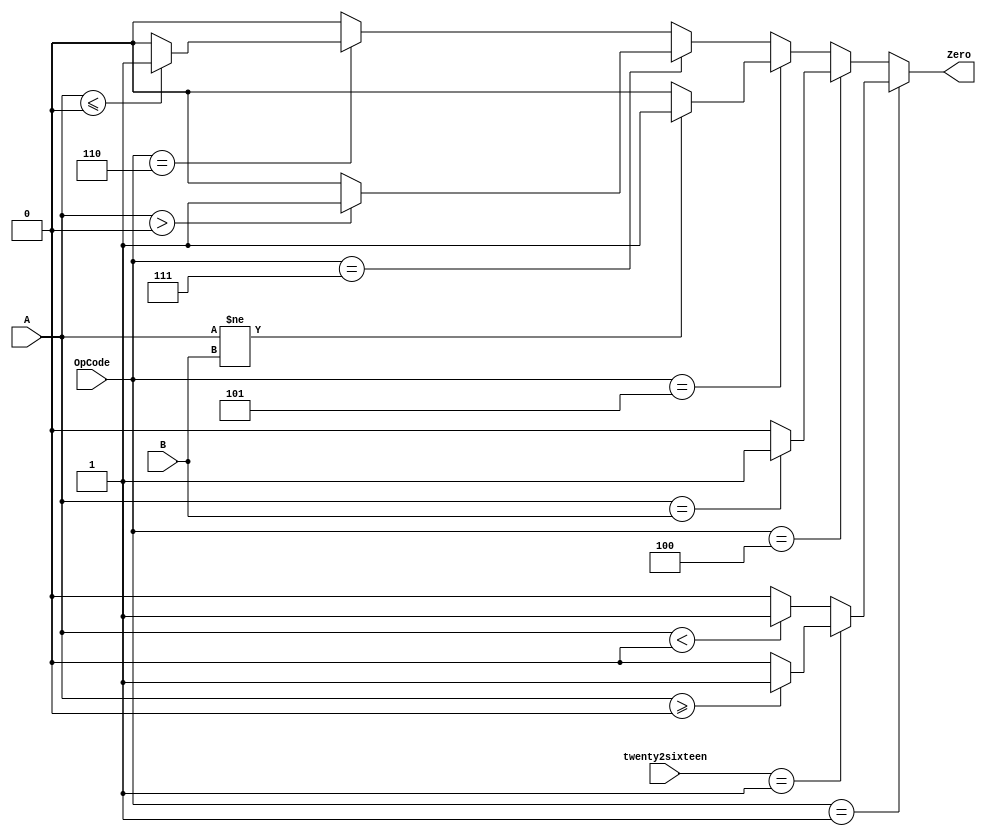
`timescale 1ns / 1ps

module BranchALU(A, B, Zero, OpCode, twenty2sixteen);
    input [5:0] OpCode;
    input [4:0] twenty2sixteen;
    input [31:0] A, B; 
    output reg Zero;
    
    initial
    begin
        Zero <= 0;
    end
    
    always @(*)
    begin
        // bgez (000001) if A >= 0 then branch // bltz (000001) if A < 0 then branch
        if (OpCode == 6'b000001)
        begin
            if (twenty2sixteen == 00001)
            begin 
                if ($signed(A) >= 0)
                begin
                    Zero <= 1;
                end
                else 
                begin
                    Zero <= 0;
                end
             end
             else
             begin
                if ($signed(A) < 0)
                begin
                    Zero <= 1;
                end
                else 
                begin
                    Zero <= 0;
                end
             end
         end
        // beq (000100) if A == B then branch
        else if (OpCode == 6'b000100) 
        begin
            if ($signed(A) == $signed(B))
            begin
                Zero <= 1;
            end
            else 
            begin
                Zero <= 0;
            end
        end
          
        // bne (000101) if A !=  B then branch
        else if (OpCode == 6'b000101) 
        begin
            if ($signed(A) != $signed(B))
            begin
                Zero <= 1;
            end
            else 
            begin
                Zero <= 0;
            end
        end
          
        // bgtz (000111) if A > 0 then branch
        else if (OpCode == 6'b000111) 
        begin
            if ($signed(A) > 0)
            begin
                Zero <= 1;
            end
            else 
            begin
                Zero <= 0;
            end
        end
          
        // blez (000110) if A <= 0 then branch
        else if (OpCode == 6'b000110) 
        begin
            if ($signed(A) <= 0)
            begin
                Zero <= 1;
            end
            else 
            begin
                Zero <= 0;
            end
        end
        
        // Do not branch
        else 
        begin
            Zero <= 0;
        end  
        
    end
endmodule